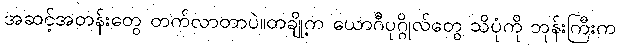
အဆင့်အတန်းတွေ တက်လာတာပဲ။တချို့က ယောဂီပုဂ္ဂိုလ်တွေ သိပုံကို ဘုန်းကြီးက